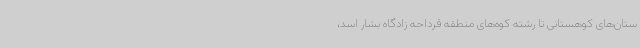
ستان‌های کوهستانی تا رشته‌ کوه‌های منطقه قرداحه زادگاه بشار اسد،